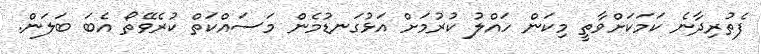
ފެތުރިދާނެ ކަމަކަށްވާތީ މިކަން ހައްލު ކުރުމަށް އަޅުގަނޑުމެން މަސައްކަތް ކުރެވޭތޯ އެބަ ބަލަން.